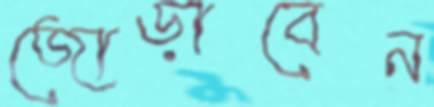
জোড়াবেন